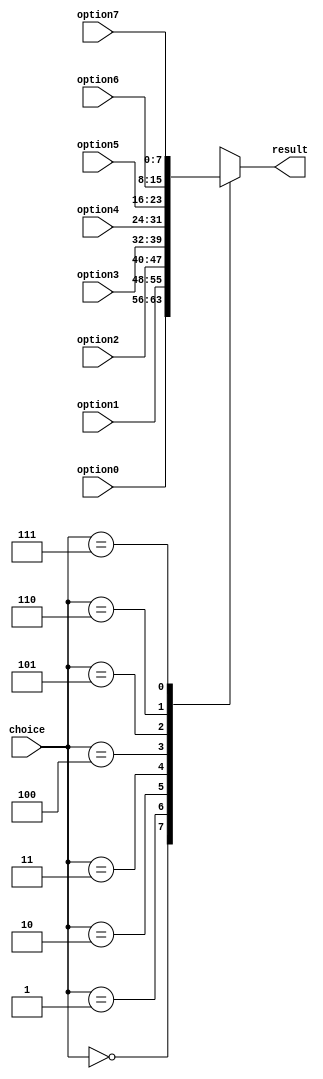
`timescale 1ns / 1ps
//////////////////////////////////////////////////////////////////////////////////
// Company: 
// Engineer: 
// 
// Design Name: 
// Module Name: selector_81
// Project Name: 
// Target Devices: 
// Tool Versions: 
// Description: 
// 
// Dependencies: 
// 
// Revision:
// Revision 0.01 - File Created
// Additional Comments:
// 
//////////////////////////////////////////////////////////////////////////////////


module selector_81(
    input [7:0] option0,
    input [7:0] option1,
    input [7:0] option2,
    input [7:0] option3,
    input [7:0] option4,
    input [7:0] option5,
    input [7:0] option6,
    input [7:0] option7,
    input [2:0] choice,
    output reg [7:0] result
    );
    
    always @ (*)
    begin
    case (choice)
        8'b000:
            result = option0;
        8'b001:
            result = option1;
        8'b010:
            result = option2;
        8'b011:
            result = option3;
        8'b100:
            result = option4;
        8'b101:
            result = option5;
        8'b110:
            result = option6;
        8'b111:
            result = option7;
   endcase
   end
endmodule